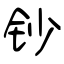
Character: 钞